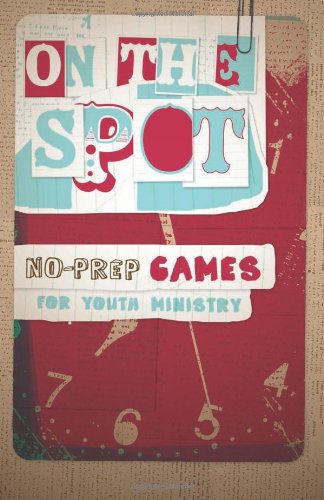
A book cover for On the Spot, No-Prep Games for Youth Ministry; Christian Books & Bibles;